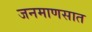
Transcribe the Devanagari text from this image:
जनमाणसात